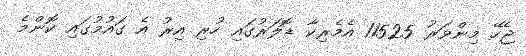
ޖެހޭ މިންވަރު 11525 އެމެރިކާ ޑޮލަރުގައި ހުރި އިރު އެ ގައުމުގައި ކޮންމެ